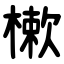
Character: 樕